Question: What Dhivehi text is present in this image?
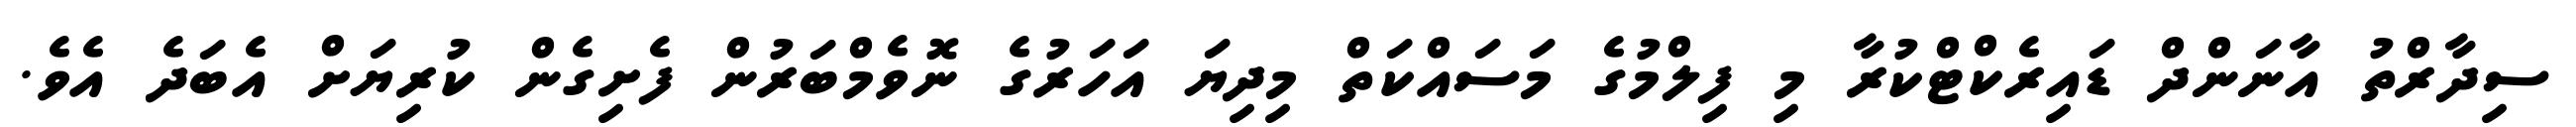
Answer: ސިދާރްތު އާނަންދް ޑައިރެކްޓްކުރާ މި ފިލްމުގެ މަސައްކަތް މިދިޔަ އަހަރުގެ ނޮވެމްބަރުން ފެށިގެން ކުރިޔަށް އެބަދެ އެވެ.